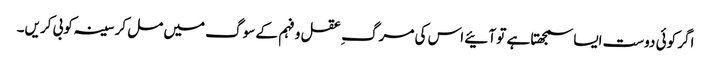
اگر کوئی دوست ایسا سمجھتا ہے تو آئیے اس کی مرگ ِ عقل و فہم کے سوگ میں مل کر سینہ کوبی کریں۔